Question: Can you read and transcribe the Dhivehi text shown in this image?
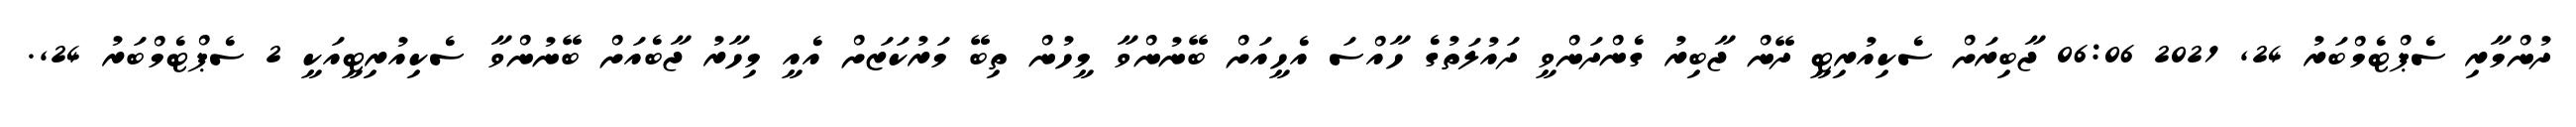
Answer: ދުންމާރި ސެޕްޓެމްބަރު 24, 2021 06:06 ޖާބިރަށް ސެކިއުރިޓީ ދޭން ޖާބިރު ގެންދަންވީ ދައުލަތުގެ ހާއްސަ އެހީއަށް ބޭނުންވާ މީހުން ތިބޭ މަރުކަޒަށް އެއީ މިހާރު ޖާބެއަށް ބޭނުންވާ ސެކިއުރިޓީއަކީ 2 ސެޕްޓެމްބަރު 24,.